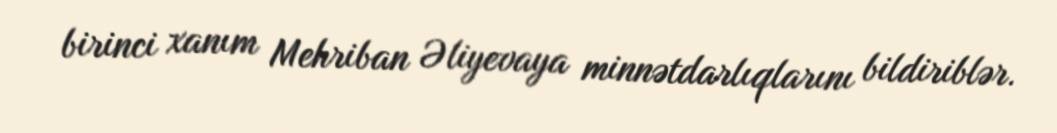
birinci xanım Mehriban Əliyevaya minnətdarlıqlarını bildiriblər.